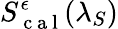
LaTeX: S_{\mathrm{~c~a~l~}}^{\epsilon}(\lambda_{S})